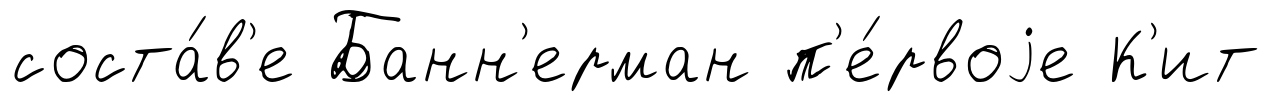
соста́в'е Банн'ерман п'е́рвоjе К'ит